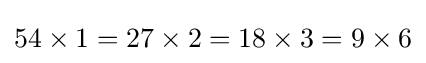
54\times 1=27\times 2=18\times 3=9\times 6